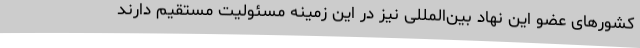
کشورهای عضو این نهاد بین‌المللی نیز در این زمینه مسئولیت مستقیم دارند